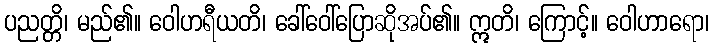
ပညတ္တိ၊ မည်၏။ ဝေါဟရီယတိ၊ ခေါ်ဝေါ်ပြောဆိုအပ်၏။ ဣတိ၊ ကြောင့်။ ဝေါဟာရော၊